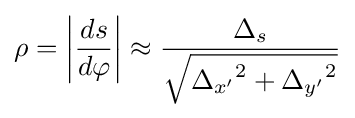
\rho =\left|{\frac {ds}{d\varphi }}\right|\approx {\frac {\Delta _{s}}{\sqrt {{\Delta _{x'}}^{2}+{\Delta _{y'}}^{2}}}}